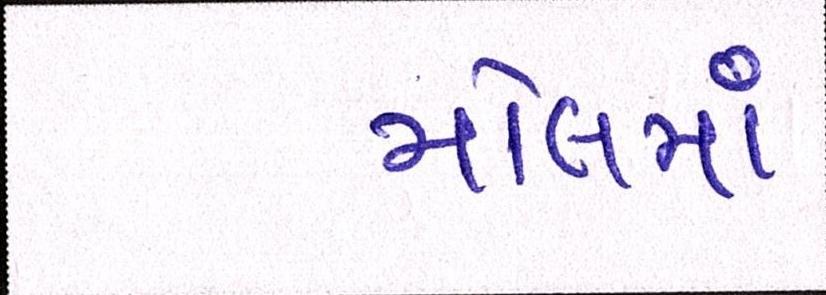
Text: મોલમાં